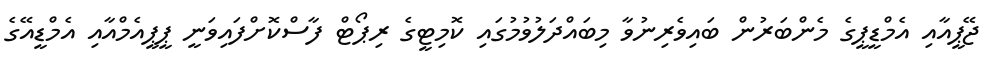
ޖޭޕީއާއި އެމްޑީޕީގެ މެންބަރުން ބައިވެރިނުވާ މިބައްދަލުވުމުގައި ކޮމިޓީގެ ރިޕޯޓް ފާސްކޮށްފައިވަނީ ޕީޕީއެމްއާއި އެމްޑީއޭގެ